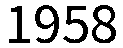
1958